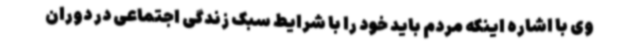
وی با اشاره اینکه مردم باید خود را با شرایط سبک زندگی اجتماعی در دوران